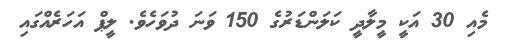
މެއި 30 އަކީ މީލާދީ ކަލަންޑަރުގެ 150 ވަނަ ދުވަހެވެ. ލީޕް އަހަރެއްގައި